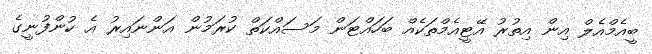
ބީއެމްއެލް އިން އިތުރު އޭޓީއެމްތަކެއް ބަހައްޓަން މަސައްކަތް ކުރަމުން އަންނައިރު އެ ކުންފުނީގެ